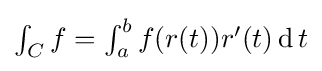
\textstyle \int _{C}f=\int _{a}^{b}f(r(t))r'(t)\operatorname {d} t